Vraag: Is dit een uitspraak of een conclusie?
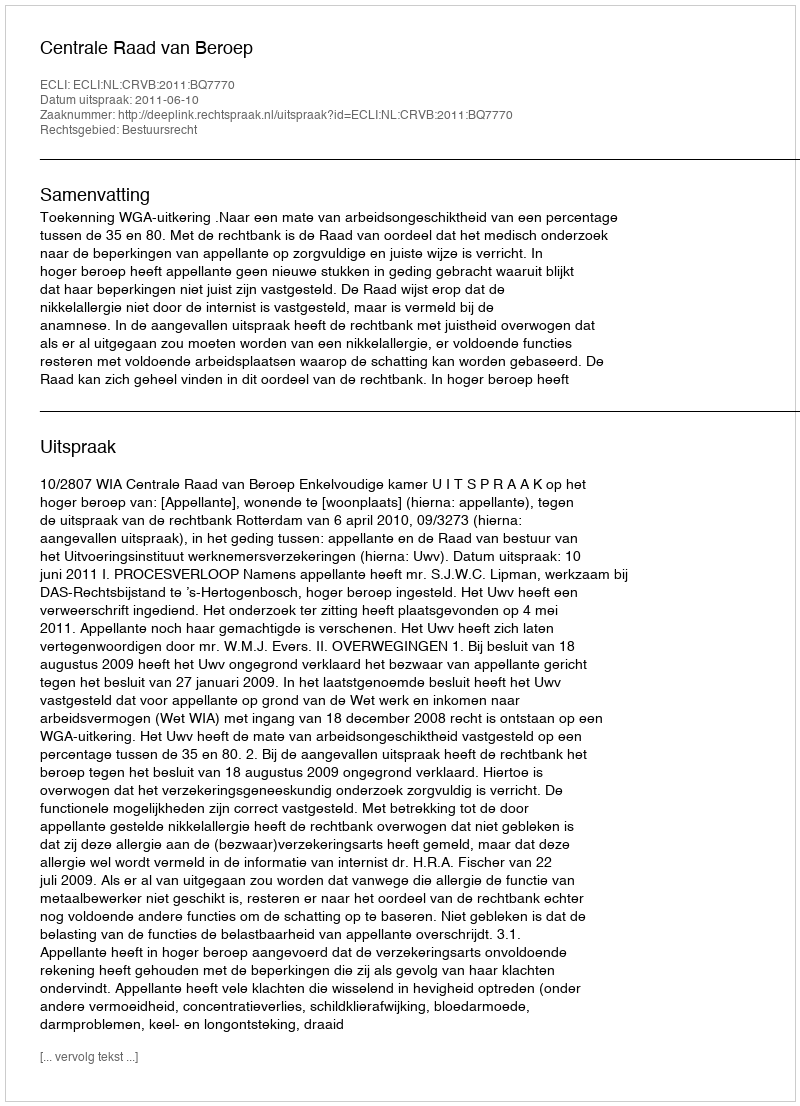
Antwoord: Uitspraak